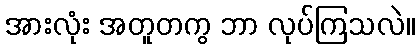
အားလုံး အတူတကွ ဘာ လုပ်ကြသလဲ။